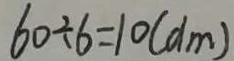
6 0 \div 6 = 1 0 ( d m )